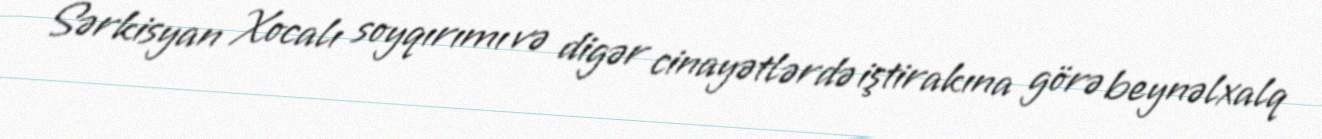
Sərkisyan Xocalı soyqırımı və digər cinayətlərdə iştirakına görə beynəlxalq